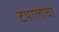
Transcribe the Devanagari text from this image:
टपालाचा